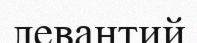
левантий